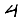
Digit: 4